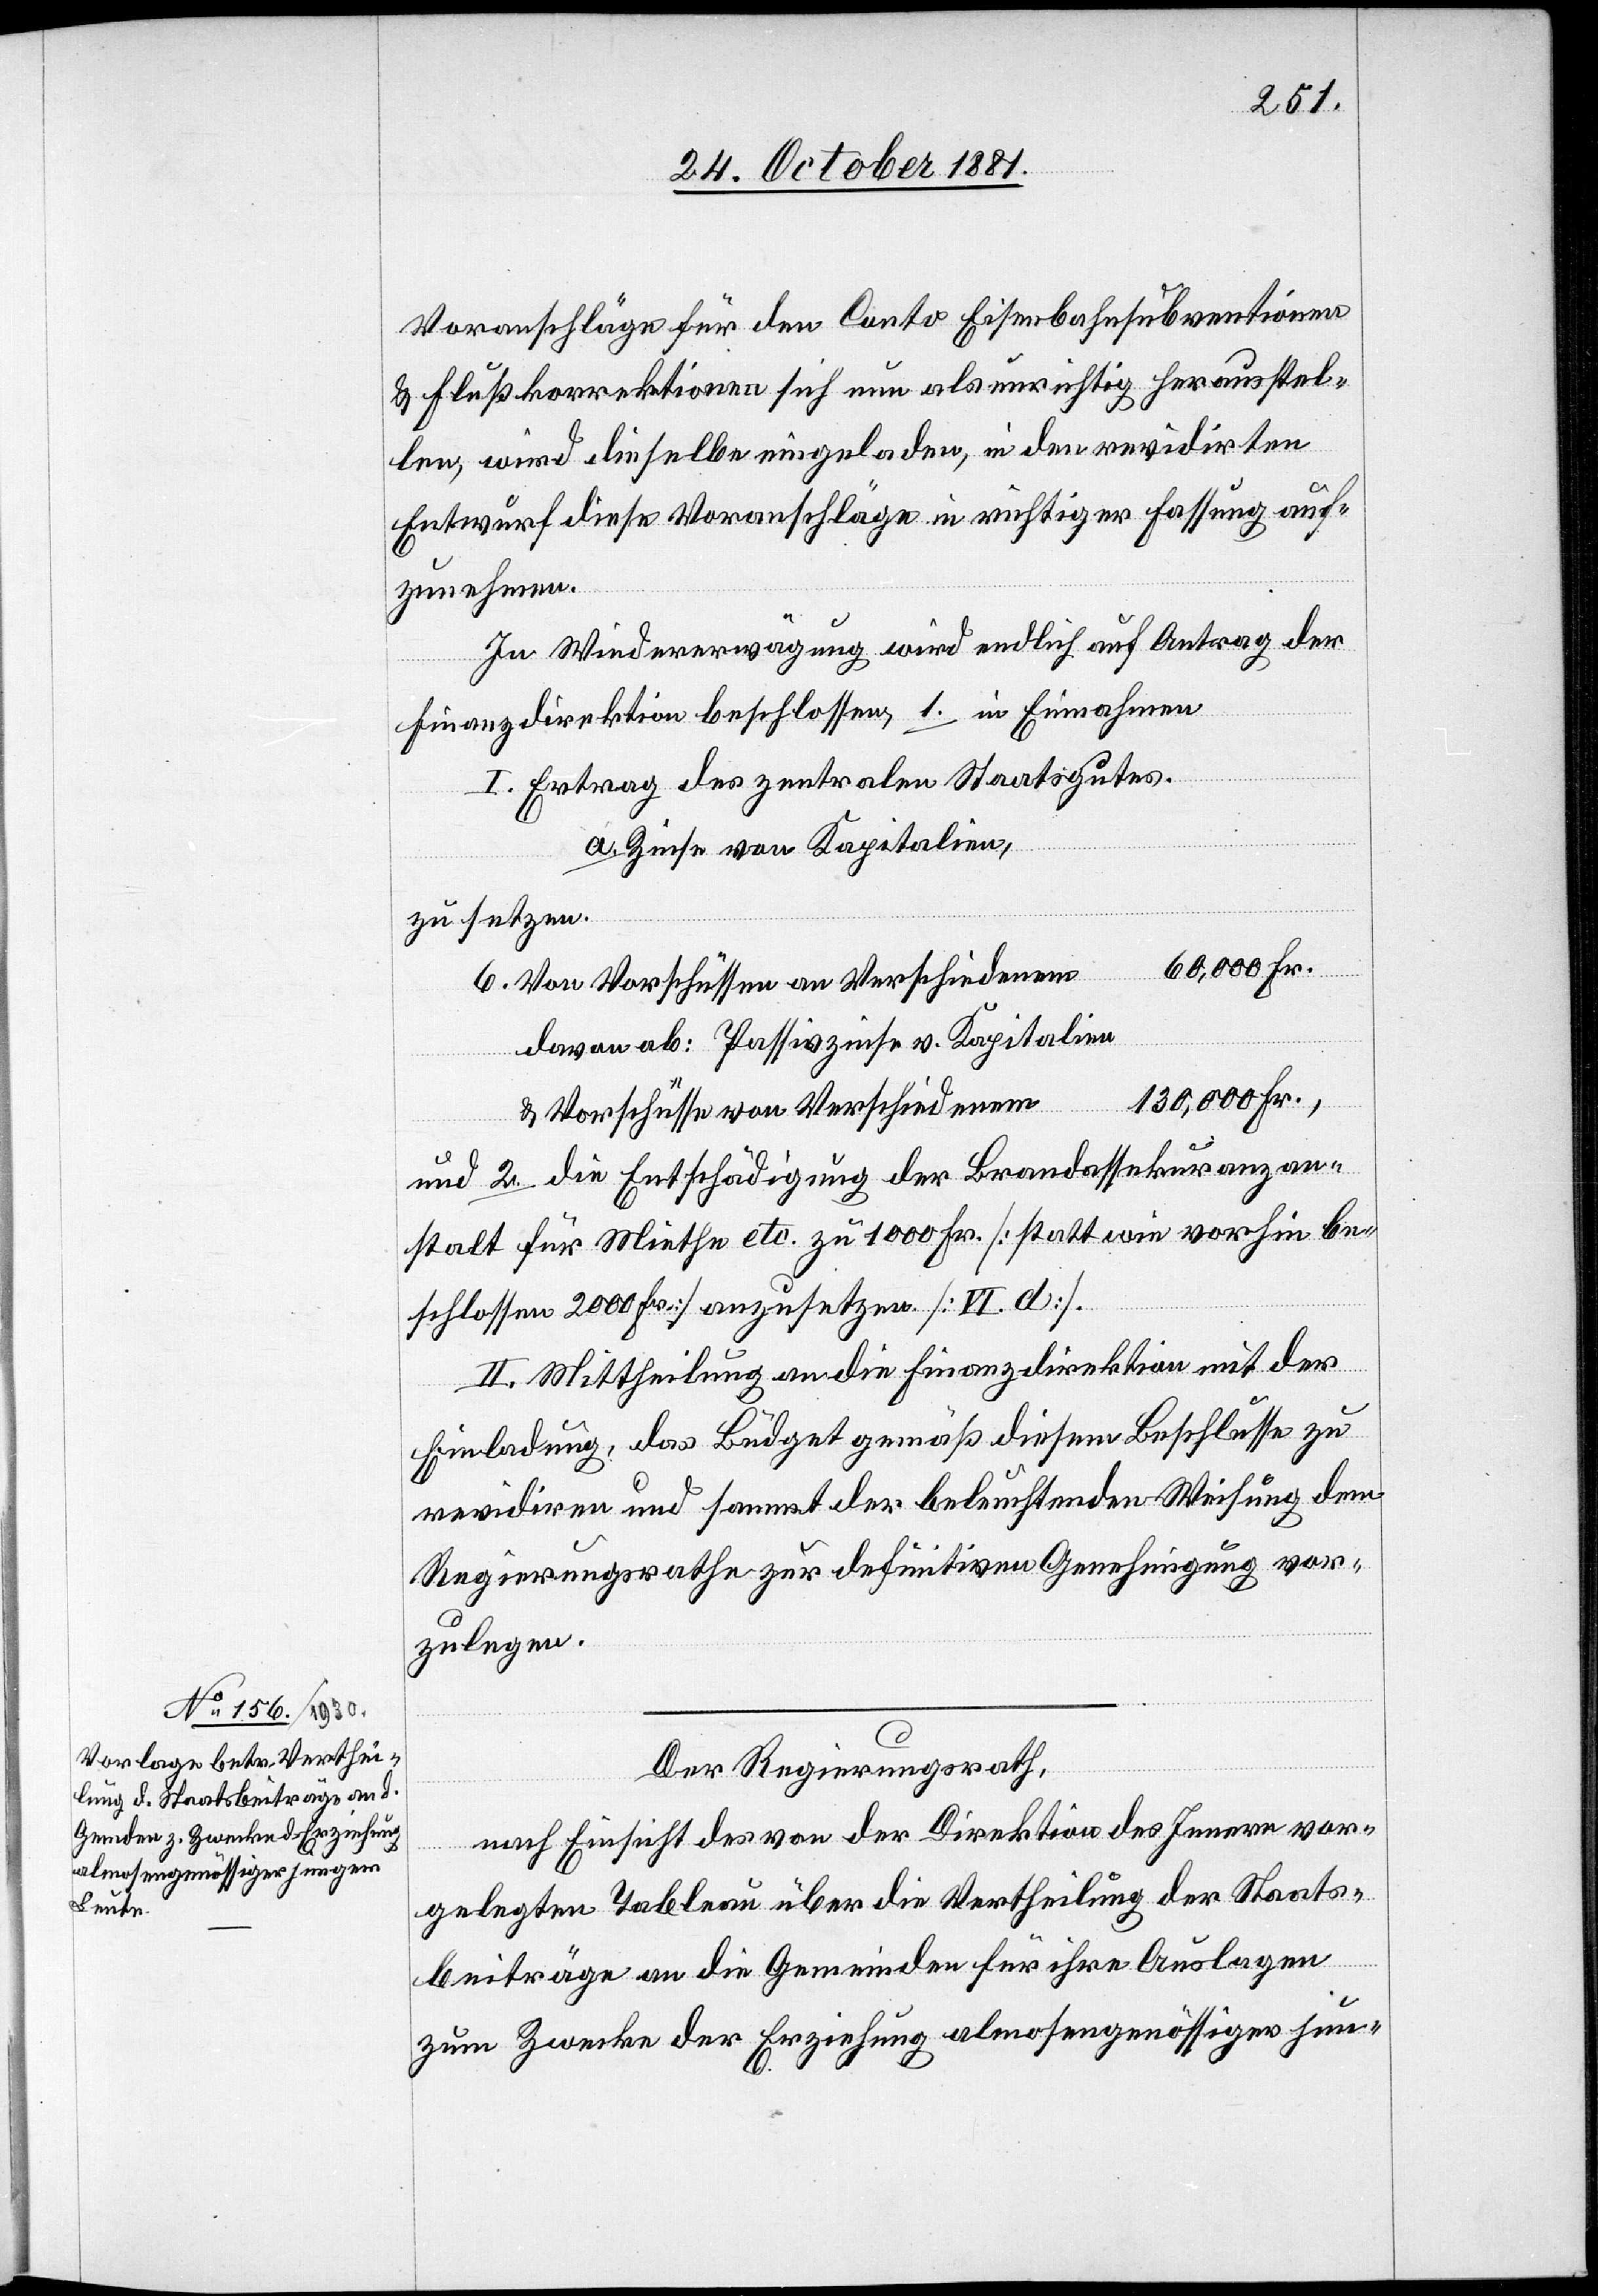
Voranschläge für den Conto Eisenbahnsubventionen
& Flußkorrektionen sich nun als unrichtig herausstel¬
len, wird dieselbe eingeladen, in den revidirten
Entwurf diese Voranschläge in richtiger Fassung auf¬
zunehmen.
In Wiedererwägung wird endlich auf Antrag der
Finanzdirektion beschlossen, 1. in Einnahmen
I. Ertrag des zentralen Staatsgutes.
a. Zinse von Kapitalien,
zu setzen.
davon ab: Passivzinsen v. Kapitalien
& Vorschüssen von Verschiedenem		130,000 Fr.,
und 2. die Entschädigung der Brandassekuranzan¬
stalt für Miethe etc. zu 1000 Fr. [statt wie vorhin be¬
schlossen 2000 Fr.] anzusetzen [VI. d].
II. Mittheilung an die Finanzdirektion mit der
Einladung, das Büdget gemäß diesem Beschlusse zu
revidiren und sammt der beleuchtenden Weisung dem
Regierungsrathe zur definitiven Genehmigung vor¬
zulegen.
Der Regierungsrath,
nach Einsicht des von der Direktion des Innern vor¬
gelegten Tableau über die Vertheilung der Staats¬
an
beiträge an die Gemeinden für ihre Auslagen
zum Zwecke der Erziehung almosengenössiger jun-